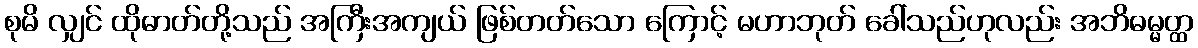
စုမိ လျှင် ထိုဓာတ်တို့သည် အကြီးအကျယ် ဖြစ်တတ်သော ကြောင့် မဟာဘုတ် ခေါ်သည်ဟုလည်း အဘိဓမ္မတ္ထ